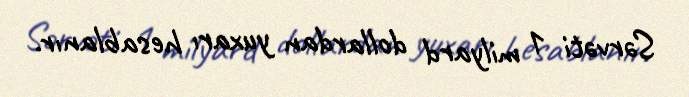
Sərvəti 1 milyard dollardan yuxarı hesablanır.